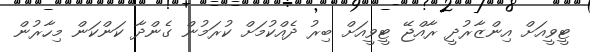
ޓީވީއަށް އިންޒާރުދީ ރާއްޖޭ ޓީވީއަށް ބިރު ދެއްކުމަށް ކުރަމުން ގެންދާ ކަންކަން މިހާރުން